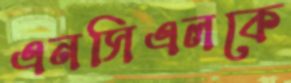
এনসিএলকে